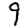
Digit: 9